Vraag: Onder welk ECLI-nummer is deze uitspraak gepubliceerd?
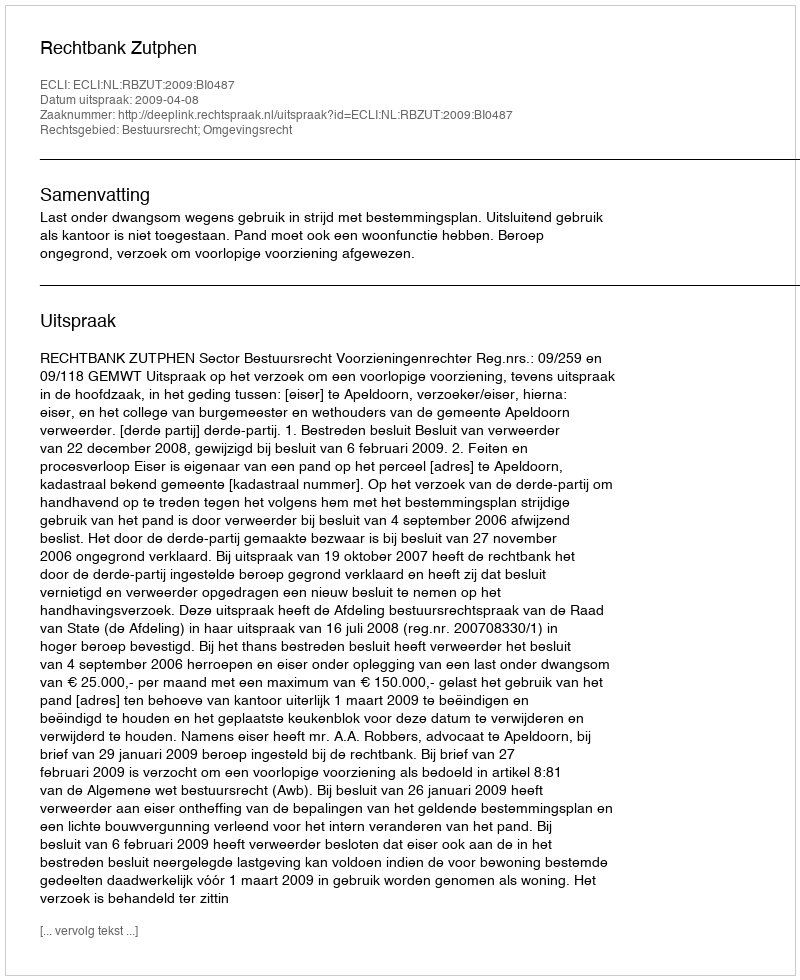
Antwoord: ECLI:NL:RBZUT:2009:BI0487